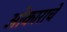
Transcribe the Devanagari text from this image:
ओंकाराचे